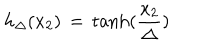
h _ { \Delta } ( x _ { 2 } ) \, = \, \mathrm { t a n h } ( \frac { x _ { 2 } } { \Delta } )